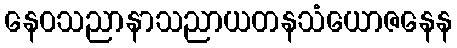
နေဝသညာနာသညာယတနသံယောဇနေန